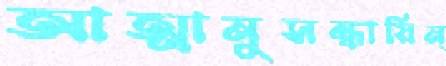
আত্মানুসন্ধায়িন্